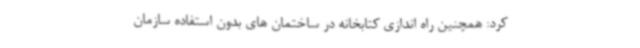
کرد: همچنین راه اندازی کتابخانه در ساختمان های بدون استفاده سازمان